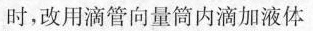
时，改用滴管向量筒内滴加液体